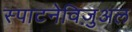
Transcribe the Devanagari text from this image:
स्पाटनेविज़ुअल